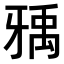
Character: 𤘐